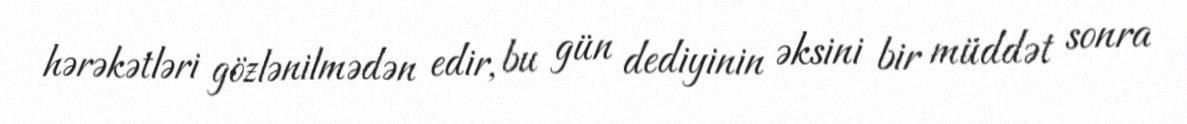
hərəkətləri gözlənilmədən edir, bu gün dediyinin əksini bir müddət sonra